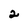
Character: 2